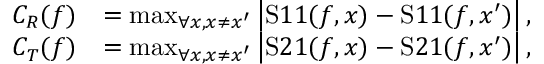
\begin{array} { r l } { C _ { R } ( f ) } & { = \operatorname* { m a x } _ { \forall x , x \neq x ^ { \prime } } \left\lvert \mathrm { S } 1 1 ( f , x ) - \mathrm { S } 1 1 ( f , x ^ { \prime } ) \right\rvert , } \\ { C _ { T } ( f ) } & { = \operatorname* { m a x } _ { \forall x , x \neq x ^ { \prime } } \left\lvert \mathrm { S } 2 1 ( f , x ) - \mathrm { S } 2 1 ( f , x ^ { \prime } ) \right\rvert , } \end{array}